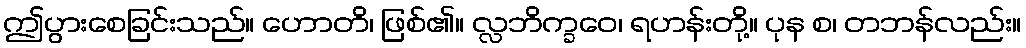
ဤပွားစေခြင်းသည်။ ဟောတိ၊ ဖြစ်၏။ လ္လဘိက္ခဝေ၊ ရဟန်းတို့။ ပုန စ၊ တဘန်လည်း။